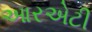
આરએટી